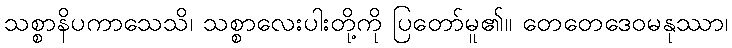
သစ္စာနိပကာသေသိ၊ သစ္စာလေးပါးတို့ကို ပြတော်မူ၏။ တေတေဒေဝမနုဿာ၊